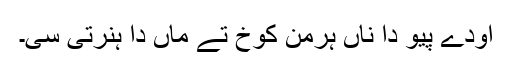
اودے پیو دا ناں ہرمن کوخ تے ماں دا ہنرتی سی۔